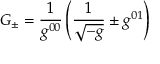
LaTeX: { \cal G _ { \pm } } = { \frac { 1 } { g ^ { 0 0 } } } \left( { \frac { 1 } { \sqrt { - g } } } \pm g ^ { 0 1 } \right)